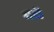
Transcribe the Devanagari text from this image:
मळें